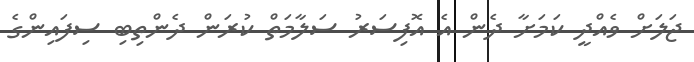
ޖަލަށް ވެއްދީ ކަމަށާ ދެން އެ އޮފިސަރު ސަލާމަތް ކުރަން ދެންތިބި ސިފައިންގެ